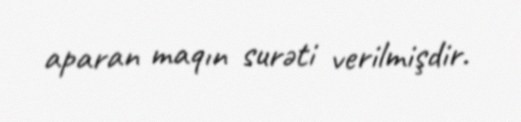
aparan maqın surəti verilmişdir.